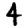
Digit: 4